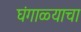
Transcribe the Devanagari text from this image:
घंगाळ्याचा